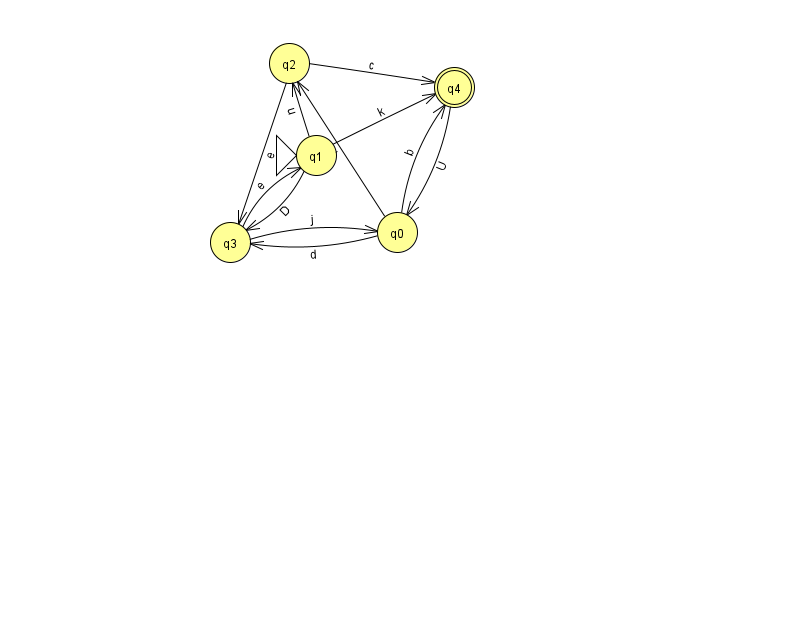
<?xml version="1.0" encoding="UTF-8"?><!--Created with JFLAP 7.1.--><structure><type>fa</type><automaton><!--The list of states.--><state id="0" name="q0"><x>397.0</x><y>219.0</y></state><state id="1" name="q1"><x>316.0</x><y>142.0</y><initial/></state><state id="2" name="q2"><x>289.0</x><y>50.0</y></state><state id="3" name="q3"><x>230.0</x><y>229.0</y></state><state id="4" name="q4"><x>454.0</x><y>74.0</y><final/></state><!--The list of transitions.--><transition><from>1</from><to>2</to><read>u</read></transition><transition><from>2</from><to>4</to><read>c</read></transition><transition><from>0</from><to>2</to><read>l</read></transition><transition><from>0</from><to>3</to><read>d</read></transition><transition><from>1</from><to>3</to><read>D</read></transition><transition><from>3</from><to>1</to><read>e</read></transition><transition><from>4</from><to>0</to><read>U</read></transition><transition><from>1</from><to>4</to><read>k</read></transition><transition><from>2</from><to>3</to><read>e</read></transition><transition><from>3</from><to>0</to><read>j</read></transition><transition><from>0</from><to>4</to><read>b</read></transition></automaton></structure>